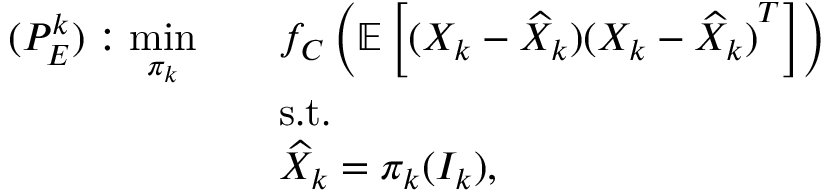
\begin{array} { r l } { ( P _ { E } ^ { k } ) : \underset { \pi _ { k } } { \mathrm { m i n } } \quad } & { f _ { C } \left( \mathbb { E } \left[ ( X _ { k } - \widehat { X } _ { k } ) { ( X _ { k } - \widehat { X } _ { k } ) } ^ { T } \right] \right) } \\ & { \mathrm { s . t . } } \\ & { \widehat { X } _ { k } = \pi _ { k } ( I _ { k } ) , } \end{array}